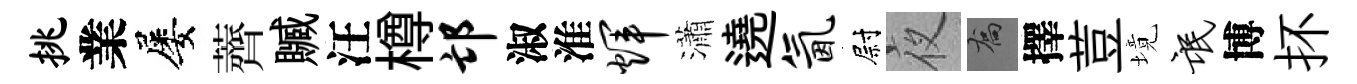
挑業屡薺贓汪樽邙淑淮辉瀟遶氤尉夜喬擇荳境氓博抔